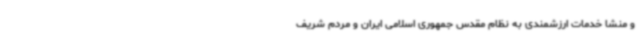
و منشا خدمات ارزشمندی به نظام مقدس جمهوری اسلامی ایران و مردم شریف